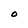
Character: O